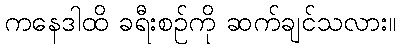
ကနေဒါထိ ခရီးစဉ်ကို ဆက်ချင်သလား။